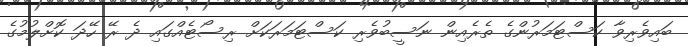
ބައިވެރިވާ ކަސްޓަމަރުންގެ ތެރެއިން ނަސީބުވެރި ކަސްޓަމަރަކަށް ރިސޯޓެއްގައި ދެ ރޭ ހޭދަ ކޮށްލުމުގެ